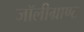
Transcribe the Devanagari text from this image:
जॉलीग्राण्ट